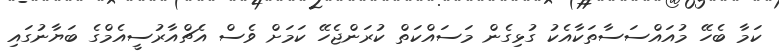
ކަމާ ބެހޭ މުއައްސަސާތަކާއެކު ގުޅިގެން މަސައްކަތް ކުރަންޖެހޭ ކަމަށް ވެސް އެޗްއާރުސީއެމްގެ ބަޔާނުގައި